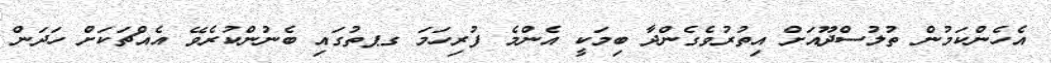
އެހެންކަމުން ތުލުސްދޫއަށް އިތުރުވެގެންދާ ބިމަކީ އެންމެ ފުރިހަމަ ގޕތުގައި ބެނުންކުރެވޭ އެއްޗަކަށް ހަދަން